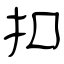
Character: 扣